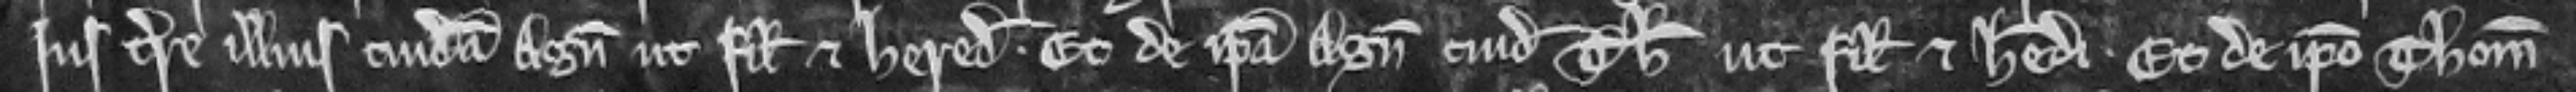
terre illius cuidam Agneti ut filie et heredi. Et de ipsa Agnete cuidam Thome ut filio et heredi. Et de ipso Thoma